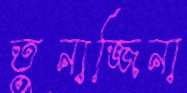
তুনাজ্জিনা